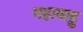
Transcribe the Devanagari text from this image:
महाबाहु